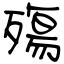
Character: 殤